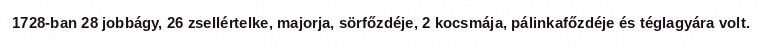
1728-ban 28 jobbágy, 26 zsellértelke, majorja, sörfőzdéje, 2 kocsmája, pálinkafőzdéje és téglagyára volt.